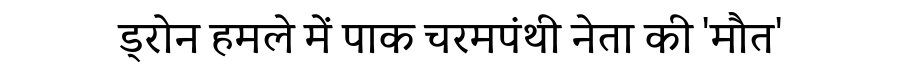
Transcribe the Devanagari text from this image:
ड्रोन हमले में पाक चरमपंथी नेता की 'मौत'